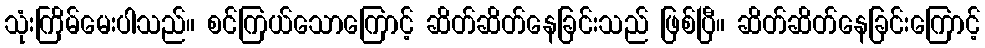
သုံးကြိမ်မေးပါသည်။ စင်ကြယ်သောကြောင့် ဆိတ်ဆိတ်နေခြင်းသည် ဖြစ်ပြီ။ ဆိတ်ဆိတ်နေခြင်းကြောင့်